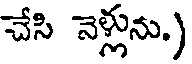
చేసి నెళ్లును.)